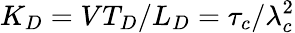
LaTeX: K_{D}=VT_{D}/L_{D}=\tau_{c}/\lambda_{c}^{2}